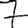
Digit: 7